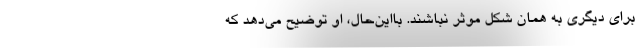
برای دیگری به همان شکل موثر نباشند. بااین‌حال، او توضیح می‌دهد که